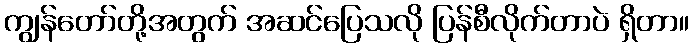
ကျွန်တော်တို့အတွက် အဆင်ပြေသလို ပြန်စီလိုက်တာပဲ ရှိတာ။